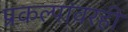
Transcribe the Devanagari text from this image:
प्रकल्पांवरही